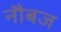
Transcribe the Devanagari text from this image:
नौबज